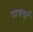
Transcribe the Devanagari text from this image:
पायर्या्